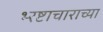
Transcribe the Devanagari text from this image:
भ्‍रष्टाचाराच्या